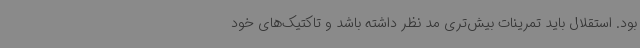
بود. استقلال باید تمرینات بیش‌تری مد نظر داشته باشد و تاکتیک‌های خود